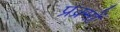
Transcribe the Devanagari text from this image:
प्रक्र्मों